Vital statistics of India. Vol. IV, Annual returns from 1871 to 1876. British Army of India, Native Army and jails of Bengal
Year: 1871
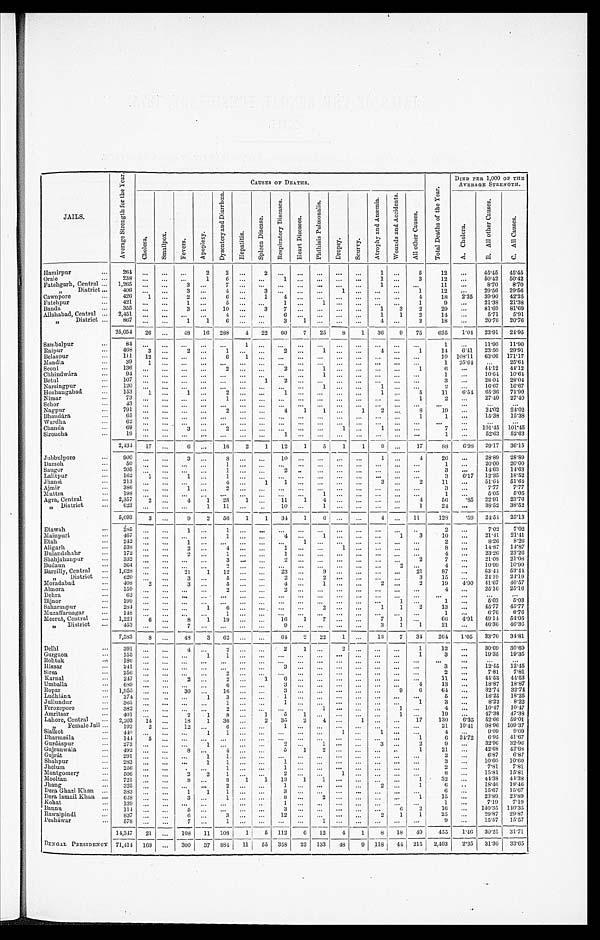
JAILS.
A v e r a g e S t r e n g t h f o r t h e Y e a r .
C A U S E S O F D E A T H S .
T o t a l D e a t h s o f t h e y e a r .
DIED PER 1,000 OF THE
AVERAGE STRENGTH.
C h o l e r a . S m a l l p o x .
F e v e r s .
A p o p l e x y .
D y s e n t e r y a n d D i a r r h æ a .
H e p a t i t i s .
S p l e e n D i s e a s e .
R e s p i r a t o r y D i s e a s e s .
H e a r t D i s e a s e s .
P h t h i s i s P u l m o n a l i s .
D r o p s y .
S c u r v y .
A t r o p h y a n d A n æ m i a .
W o u n d s a n d A c c i d e n t s .
A l l O t h e r C a u s e s .
A . C h o l e r a .
B . A l l O t h e r C a u s e s .
C . A l l C a u s e s .
Hamirpur
...
264
. . . ... ...
2
2
...
2
. . . ...
...
. . .
. . . 1 ...
5
12 ...
45.45 45.45
Oraie
...
238 ...
. . . ...
1
6 ... ...
1 ...
...
. . .
. . . 1 ...
3
12 ...
50.42 50.42
Fatehgarh, Central ... 1,265
. . .
. . . 3
. . .
7 ... ...
. . . ...
...
. . .
. . .
1 ...
. . . 11 ...
8.70
8.70
,,District ...
406 ... ... 3
. . .
4 ... 3
. . . ... ...
1
. . .
. . . ...
1
12 ...
29.56 29.56
Cawnpore
...
426
1 ... 2
. . .
6 ...
1
4 ...
...
. . .
. . .
. . . ...
4
18 2.35 39.90 42.25
Fatehpur
...
421
. . . ...
1
. . . 5 ...
...
1 ... 1
. . .
. . .
. . . ...
1
9
... 21.38 21.38
Banda
...
3 5 5 ..
. . .
3 ...
10 ...
3
7 ...
...
. . .
. . . 1
3
2
29 ...
81.69 81.69
Allahabad, Central ... 2,451
. . .
...
...
. . .
4 ...
. . . 6 ...
...
. . .
. . . 1
1
2
14
. . . 5.71 5.91
District
"
. . .
867 ...
. . . 1
1
6
. . .
. . . 3
1 ... ...
. . .
4
...
2
18
. . . 20.76 20.76
25,054 26 ...
48 16 288
4 22 60
7 25
8
1 36
9 75
625
1.04 23.91
2 4 . 9 5
Sambalpur
. . .
8 4 ...
. . .
. . . ...
. . .
1
. . . . . .
. . .
...
. . .
. . . ... ...
. . .
1
... 11.90 11.90
Raipur
...
468
3
. . .
2
. . . 1
. . .
. . . 2
. . . 1
. . .
. . . 4 ...
1
14
6 . 4 1 23.50 29.91
Belaspur
. . . 111 12
. . .
. . .
. . . 6
1
. . .
. . .
. . .
...
. . .
. . .
. . . ...
. . . 19 108.11 63.06 171.17
Mandl a
. . .
39
1
. . .
. . .
. . .
. . .
. . .
. . .
. . .
. . .
...
. . .
. . .
. . . ...
. . .
1 25.64 ...
25.64
Seoni
. . . 136
. . .
. . .
. . . ...
2
. . .
. . . 2 ... 1
. . .
. . .
. . . ...
1
6 ...
44.12 44.12
Chhindwara
. . .
9 4 ...
. . . ...
. . .
. . . ...
. . .
. . .
... 1
. . .
. . .
. . . ...
. . .
1
... 10.64 10.64
Betul
. . . 107
. . .
. . .
. . .
. . .
. . . ...
1
2
... ...
. . .
. . .
. . . ...
. . .
3
... 28. 04 28.04
Narsingpur
...
120 ...
. . .
. . . ... ... ... ... ... ... 1
. . .
. . .
1...
. . .
2
... 16.67 16.67
Hoshaugabad.
. . . 153
1 . . .
1 ...
2 ... ...
1 ... ...
. . .
. . . 1 ...
5
11
6.54 65.36 71.90
N imar
. . .
73
. . . . . .
... ..
1 ... ...
. . . ... ...
. . .
. . . . . .
. . .
1
2
... 27.40 27.40
Sehor
. . . 43 ...
. . . ...
. . .
. . .
... ...
. . . ... ...
...
. . . ...
... ...
...
...
...
...
Nagpur
...
791
. . . . . .
... ...
2 ... ...
4
1
1 ...
1 2
. . .
8
19 ...
2 4 . 0 2 24.02
Bhandara
...
65
. . . ... ...
... ...
. . . ...
. . . ... ... ... ... ..
. . .
1
1 ...
15.38 15.38
Wardha
. . .
62
. . .
. . . ...
. . .
. . .
...
. . .
. . . ...
...
. . .
. . . ... ...
. . . ...
...
. . .
. . .
Chanda
. . .
6 9
. . .
. . .
3 ...
2 ... ...
. . . ...
...
1 ...
1 ...
. . .
7 ...
101.45 101.45
Siroucha
...
1 9 ...
. . . ... ... ...
... ...
1 ...
...
. . .
. . . ... ...
. . .
1
... 52.63 52.63
2,434 17 ...
6 ...
16 2
1 12
1
5
1
1 9 ... 17
88
6.98 29.17 36.15
Jubbulpore
. . .
9 0 0
...
. . .
3
. . .
8
. . .
. . . 10 ... ...
. . .
. . . 1 ...
4
— 26 ...
28.89 28.89
Damoh
. . .
50 ...
. . .
. . .
. . .
1
. . .
. . .
. . .
...
... .... ...
... ...
. . . 1 ...
20.00 20.00
Saugor
. . . 205
. . . ...
...
. . .
1
. . .
. . . 2
. . . ...
. . .
. . . ...
. . . ...
3 ...
14.63 14.63
Lalitpur
. . . 162
1 ...
1 ...
1
. . .
. . .
. . .
...
...
. . .
. . . ... ...
. . .
3 6.17 12.35 18.52
Jhansi
. . . 213
. . . ... ... ...
4 . . .
1
1 ...
...
. . .
. . . 3 ...
2
11 ...
51.64
5 1 . 6 4
Ajmir
. . . 386
. . . ...
1 ...
2 ...
. . .
. . .
...
...
. . .
. . . ... ...
. . .
3
... 7.77 7.77
Muttra
. . . 198 ... ...
. . . ...
. . . ...
. . . . . .
. . . 1
. . .
. . . ... ...
. . .
1
... 5.05 5.05
Agra, Central
... 2,357
2
. . . 4
1 28 1
. . .
11
1 4
. . .
. . . ... ...
4
56 .85 22.91 23.76
„ District
. . .
6 2 3
...
. . .
. . . 1 11 ...
..
10 ... 1
. . .
. . . ... ...
1
2 4
...
38.52 38.52
5,093
3 ...
9
2 50
1
1 34
1
6
. . .
. . .
4 ... 11
128
. 5 9 24.54 25.13
Etawah
. . .
2 8 5 ...
. . .
1
. . .
1
. . .
. . .
. . .
. . .
...
. . .
. . .
. . .
. . .
. . .
2 ...
7.02 7.02
Mainpuri
. . . 467 ...
... ... ...
1 ...
. . .
4
. . .
1
. . .
. . . ...
1
3
10 ...
21.41 21.41
Etah
. . .
2 4 2 ... ...
1
. . .
. . .
. . .
. . .
. . .
1 ...
. . .
. . . ... ... ...
2
... 8.26 8.26
Aligarh
. . . 538 ...
. . .
2
. . .
4 ... ...
1
. . .
...
1 . . .
... ... ...
8
... 14.87 14.87
Bulandshahr
. . . 172 ...
. . .
2
. . .
1 ... ...
I
. . .
...
. . .
. . .
. . .
. . .
. . .
4 ...
23.26 23.26
Shahjahanpur
. . . 332 ... ... ... ...
3 ... ...
2
. . .
...
. . .
. . . ... ...
2
7
... 21.08 21.08
Budaun
. . . 364 ...
. . . ...
. . .
2 ... ...
. . .
. . .
...
. . .
. . . ... 2
. . .
4
... 10.99 10.99
Bareilly, Central ... 1,628
. . .
. . .
21
1 12
. . .
. . . 23 ... 9
. . .
. . . ... ... 21
87 ...
53.44 53.44
" D i s t r i c t ...
620
. . .
. . . 3
. . .
5 ... ...
2 ...
2 . . .
. . .
. . .
. . .
3
15 ...
24.19
2 4 . 1 9
Moradabad
. . . 408 2
. . .
3 ...
5 ... ...
4 ... 1
. . . . . . 2 ...
2
19 4.90 41.67 46.57
Almora
. . . 159 ... ...
. . . ...
2 ... ...
2 ... ...
. . . . . . ... ...
. . .
4
... 25.16 25.16
Dehra
. . .
62
. . . ... ... ... ... ... ... ... ... ... ... ..
... ... ...
...
... ...
...
Bijnor
. . . 199 ... ... ... ... ...
... ... ... ... ... ... ..
...
1
. . .
1
. . . 5.03
5 . 0 3
Saharanpur
. . . 284
. . . ... ...
1
6 ... ...
. . . ...
2
. . .
. . . 1
1
2
13 ...
45.77 45.77
Muzaffarnagar
. . . 148 ... ...
. . . ...
1 ... ...
. . . ...
...
. . .
. . .
. . . ...
. . .
1
... 6.76
6.76
Meerut, Central ... 1,221 6
. . .
8
1 19 ... ...
16 1 7
. . .
. . . 7 1
. . . 66
4.91 49.14 54.05
" District ...
7 , 5 8 3
8 . . .
7
. . .
. . .
... ...
9
. . . . . .
. . .
. . .
3
1
1
21 ...
46.36 46.36
7,583
8 ...
4 8
3
6 2
. . .
... 64 2 22
1
. . . 1.
7 34 264 1.05 33.76 34.81
Delhi
. . . 391
. . .
...
4
. . .
2
. . .
. . .
2
1
. . . 2
. . . . . .
. . .
1
12 ...
30.69 30.69
Gurgaon
. . .
1 5 5
...
. . .
. . . 1
1
. . .
. . .
. . .
. . .
...
. . .
. . . ... ...
1
3 ...
19.35 19.35
Rohtak
. . . 186 ...
. . . ...
. . .
. . .
. . .
. . .
. . .
. . .
. . .
. . . ...
. . .
. . .
. . .
. . .
...
...
...
Hissar
. . . 241 ...
. . .
. . .
. . .
. . . . . .
. . .
. . . ...
...
. . .
. . . ... ...
. . .
3 ...
12.45 12.45
Sirsa
. . . 256 ... ... ... ...
2 ... ...
. . . ...
...
. . .
. . . ... ...
. . .
2
... 7.81 7.81
Karnal
. . .
2 4 7 ...
. . . 2
. . .
2 ...
1
6 ...
...
. . .
. . . ... ...
. . . 11 ...
44.53
4 4 . 5 3
Umballa
. . .
6 8 9 . . .
. . .
. . .
. . .
6 ... ...
3 ...
. . .
. . .
. . .
. . .
. . .
4
13 ...
18.37 18.87
Ropar
. . . 1,955 ... ...
30 ...
16 ... ...
3 ...
...
. . .
. . . ...
9
6
64 ...
32.74 32.74
Ludhiana
. . .
2 7 4 ...
. . .
. . . 1
3 ... ...
1 ...
...
. . .
. . . ... ...
. . .
5
... 18.25 18.25
Jullundur
. . .
3 6 5
. . .
. . .
. . .
. . .
1 ... ...
1 ...
...
. . .
. . . ... ...
I
3
... 8.22 8.22
Ferozepore
. . .
3 8 2 ...
. . . ... ...
2 ... ...
. . . ...
1
. . .
. . . ... 1
. . .
4
... 10.47 10.47
Amritsar
. . . 401 ...
. . .
2
1
8 ...
1
5 1
...
. . .
. . . ... 1
. . .
1 9 ...
47.38 47.38
Lahore, Central
. . . 2,203 14 ...
18
1 36 ...
2 35
2 4
. . .
1 ... ...
17
130
6.35 52.66 59.01
„ Female Jail ...
1 9 2 2
. . . 12 ...
6 ...
. . .
1
. . . ...
. . .
. . . ... ... ...
21
10.41 98.96 109.37
Sialkot
. . .
4 4 9
...
. . .
. . . 1
1 ...
. . .
. . .
. . . ...
1
. . . 1 ...
. . .
4 ...
9 . 0 9 9.09
Dharmsala
. . . 141 5
. . .
. . .
. . .
. . .
...
. . .
. . .
. . . ...
. . .
. . . ... ...
1
6 34 .72
6.95 41.67
Gurdaspur
. . .
2 7 3
...
. . .
. . .
1
. . .
...
. . .
2
. . . 1
. . .
. . . 3 ...
2
9 ...
32.96
3 2 . 9 6
Gujranwala
. . .
4 9 2
...
. . .
8
. . 4 ... ...
5
1 2
. . .
. . .
. . . ...
1
21
. . . 42.68 42.68
Gujrat
. . .
2 9 1
...
. . .
. . .
1
1 ... ...
. . .
. . . ...
. . .
. . .
. . . ...
. . .
2
. . . 6.87 6.87
Shahpur
. . . 283 ... ... ...
1
1 ... ...
1
. . . ...
. . .
. . .
. . . ...
. . .
3
... 10.60 10.60
Jhelum.
. . . 256 ... ...
. . . ...
1 ... ...
1
. . . ...
. . .
. . .
. . . ...
. . .
2
...
7 . 8 1 7.81
Montgomery
. . .
5 0 6 ...
. . .
2
2
1 ... ...
2 ... ..
1
. . .
. . . ...
. . .
8 ...
15.81 15.81
Mooltan
. . .
7 2 1 ... ...
8 ..
.
6
1
1 13
1 1
. . .
. . .
. . . ...
1
32 ...
44.38 44.38
Jhang
. . . 325 ... ... ... ...
2
. . .
. . . 1
. . .
. . .
. . .
. . .
2 ...
1
6 ..
18.40 18.40
Dera Ghazi Khan
. . . 383 ...
. . .
1
1
1 .. 1 ...
3 ...
...
. . .
... ... ... ...
6 ..
15.67 15.67
Dera Ismail Khan. ...
628
. . . ...
3
. . . 1
... 1 ...
8
. . . 2
. . .
. . .
. . .
. . .
1
15 ...
23.89 23.89
Kohat
. . . 139 ...
. . .
. . .
. . .
. . . ... ...
1 ...
...
. . .
. . . ... ...
. . .
1 ...
7.19 7.19
Bannu
. . .
1 1 4 ...
. . . 5
. . . . . .
. . .
. . .
3 ...
...
. . . . . .
...
6
2
16 ... 140.35
1 4 0 . 3 5
Rawalpindi
837 ... ...
6 ...
3 ..
. . .
1 2
...
...
. . .
. . . 2
1
1
25 ...
29.87 29.87
Peshawar
. . .
5 7 8 ...
. . .
7
. . .
1 ... . . .
. . .
...
1
. . .
. . . ... ...
. . .
9 ...
1 5 . 5 7
1 5 . 5 7
14,347 21 ...
108 11 108 1
5
1 1 2
6 12
4
1
8 18 40
455
1.46 30.25 31.71
—
BENGAL PRESIDENCY 71,414 168
. . . 300 37
8 8 4 11 55 358 23 133 48
9 118 44 215 2,403
2.35 31.30 33.65